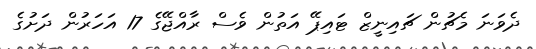
ދެވަނަ މެޗުން ޗައިނީޒް ޓައިޕޭ އަތުން ވެސް ރާއްޖޭގެ 17 އަހަރުން ދަށުގެ